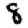
Digit: 8